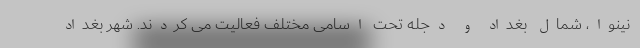
نینوا، شمال بغداد و دجله تحت اسامی مختلف فعالیت می کردند. شهر بغداد